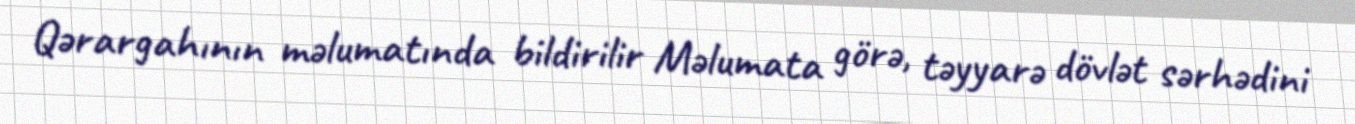
Qərargahının məlumatında bildirilir Məlumata görə, təyyarə dövlət sərhədini